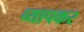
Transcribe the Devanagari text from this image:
व्यापकर